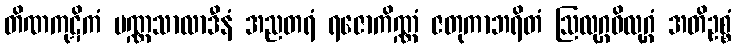
တိဏကုဋိကံ ပဏ္ဏသာလာဒီနံ အညတရံ ရဇောကိဏ္ဏံ ဇတုကာဘရိတံ ဩလုဂ္ဂဝိလုဂ္ဂံ အတိဥစ္စံ